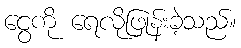
ငွေကို ရေလိုဖြုန်းခဲ့သည်။